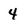
Character: 4